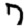
Digit: 7